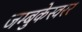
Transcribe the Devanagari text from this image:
जम्बुकेस्वरर